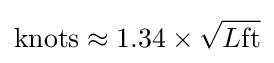
{\mbox{knots}}\approx 1.34\times {\sqrt {L{\mbox{ft}}}}